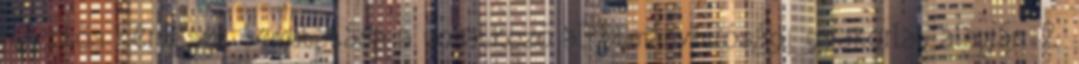
jelentős kérdések bemutatása a vonatkozó alkotmánybírósági gyakorlat alapján. 2.